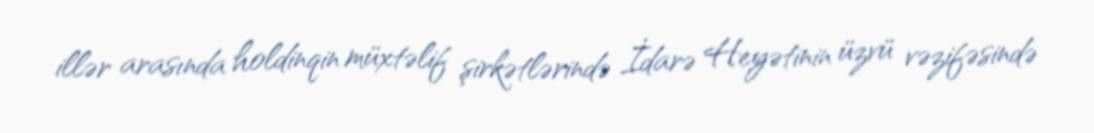
illər arasında holdinqin müxtəlif şirkətlərində İdarə Heyətinin üzvü vəzifəsində